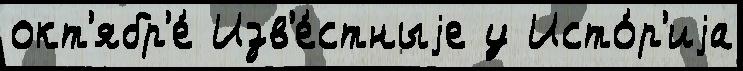
окт'ябр'е́ Изв'е́стныjе у Исто́р'иjа